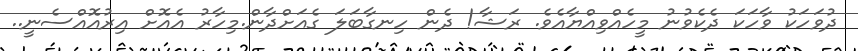
ދުވަހަކު ވާހަކަ ދެކެވުނު މީހެއްވިއްޔާއެވެ. ރަޝާ! ދެން ހިނގާބަލަ ގެއަށްދާން.މިހާރު އެއޮށް އިރުއޮއްސެނީ..